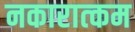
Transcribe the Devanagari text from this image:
नकारात्‍कम